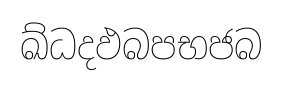
ඛ්ධදඵබපභජබ